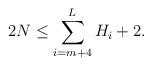
LaTeX: \begin{align*} 2N \leq \sum_{i=m+4}^{L}H_i + 2.\end{align*}